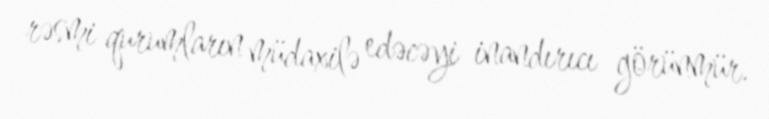
rəsmi qurumların müdaxilə edəcəyi inandırıcı görünmür.